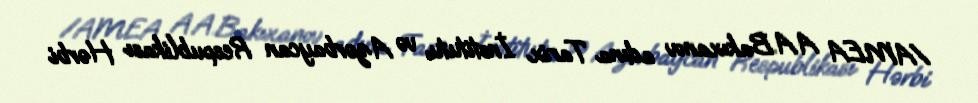
/AMEA A.A.Bakıxanov adına Tarix İnstitutu və Azərbaycan Respublikası Hərbi